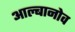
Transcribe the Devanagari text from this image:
आल्बानोव